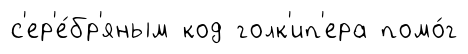
с'ер'е́бр'яным код голк'ип'ера помо́г